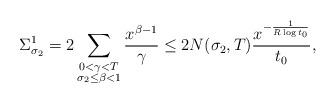
LaTeX: \begin{align*}\Sigma_{\sigma_2}^{1} = 2\sum_{\substack{0<\gamma<T \\ \sigma_2 \le \beta < 1}} \frac{x^{\beta-1}}{\gamma} \le 2 N(\sigma_2,T) \frac{x^{-\frac{1}{R\log t_0 }}}{t_0} ,\end{align*}